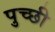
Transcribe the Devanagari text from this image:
पुच्छी